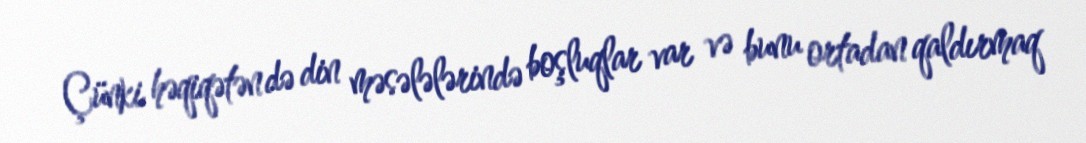
Çünki həqiqətən də din məsələlərində boşluqlar var və bunu ortadan qaldırmaq